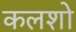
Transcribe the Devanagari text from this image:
कलशो